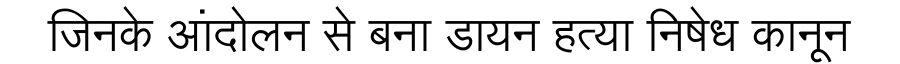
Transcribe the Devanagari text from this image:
जिनके आंदोलन से बना डायन हत्या निषेध कानून